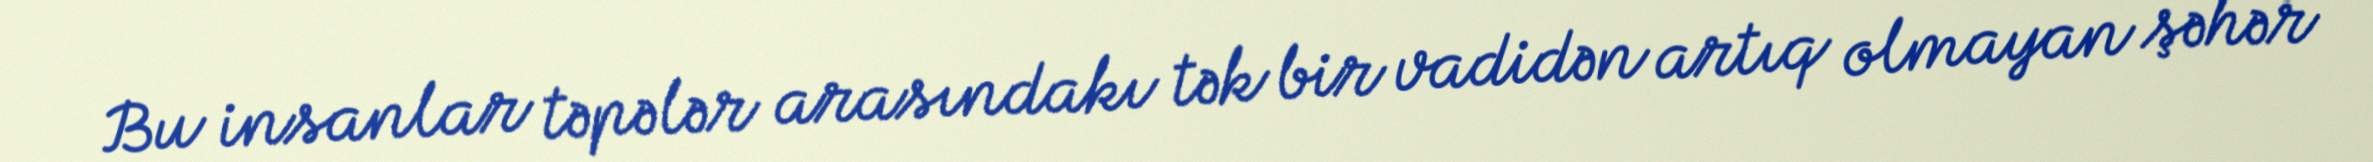
Bu insanlar təpələr arasındakı tək bir vadidən artıq olmayan şəhər